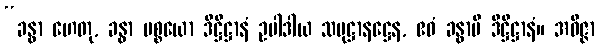
“ခန္ဓာ ဟေတု, ခန္ဓာ ပစ္စယော ဒိဋ္ဌိဋ္ဌာနံ ဥပါဒါယ သမုဋ္ဌာနဋ္ဌေန, ဧဝံ ခန္ဓာပိ ဒိဋ္ဌိဋ္ဌာနံ။ အဝိဇ္ဇာ